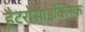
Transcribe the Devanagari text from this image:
हैटरोसाइक्लिक